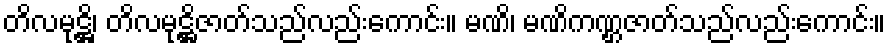
တိလမုဋ္ဌိ၊ တိလမုဋ္ဌိဇာတ်သည်လည်းကောင်း။ မဏိ၊ မဏိကဏ္ဌဇာတ်သည်လည်းကောင်း။